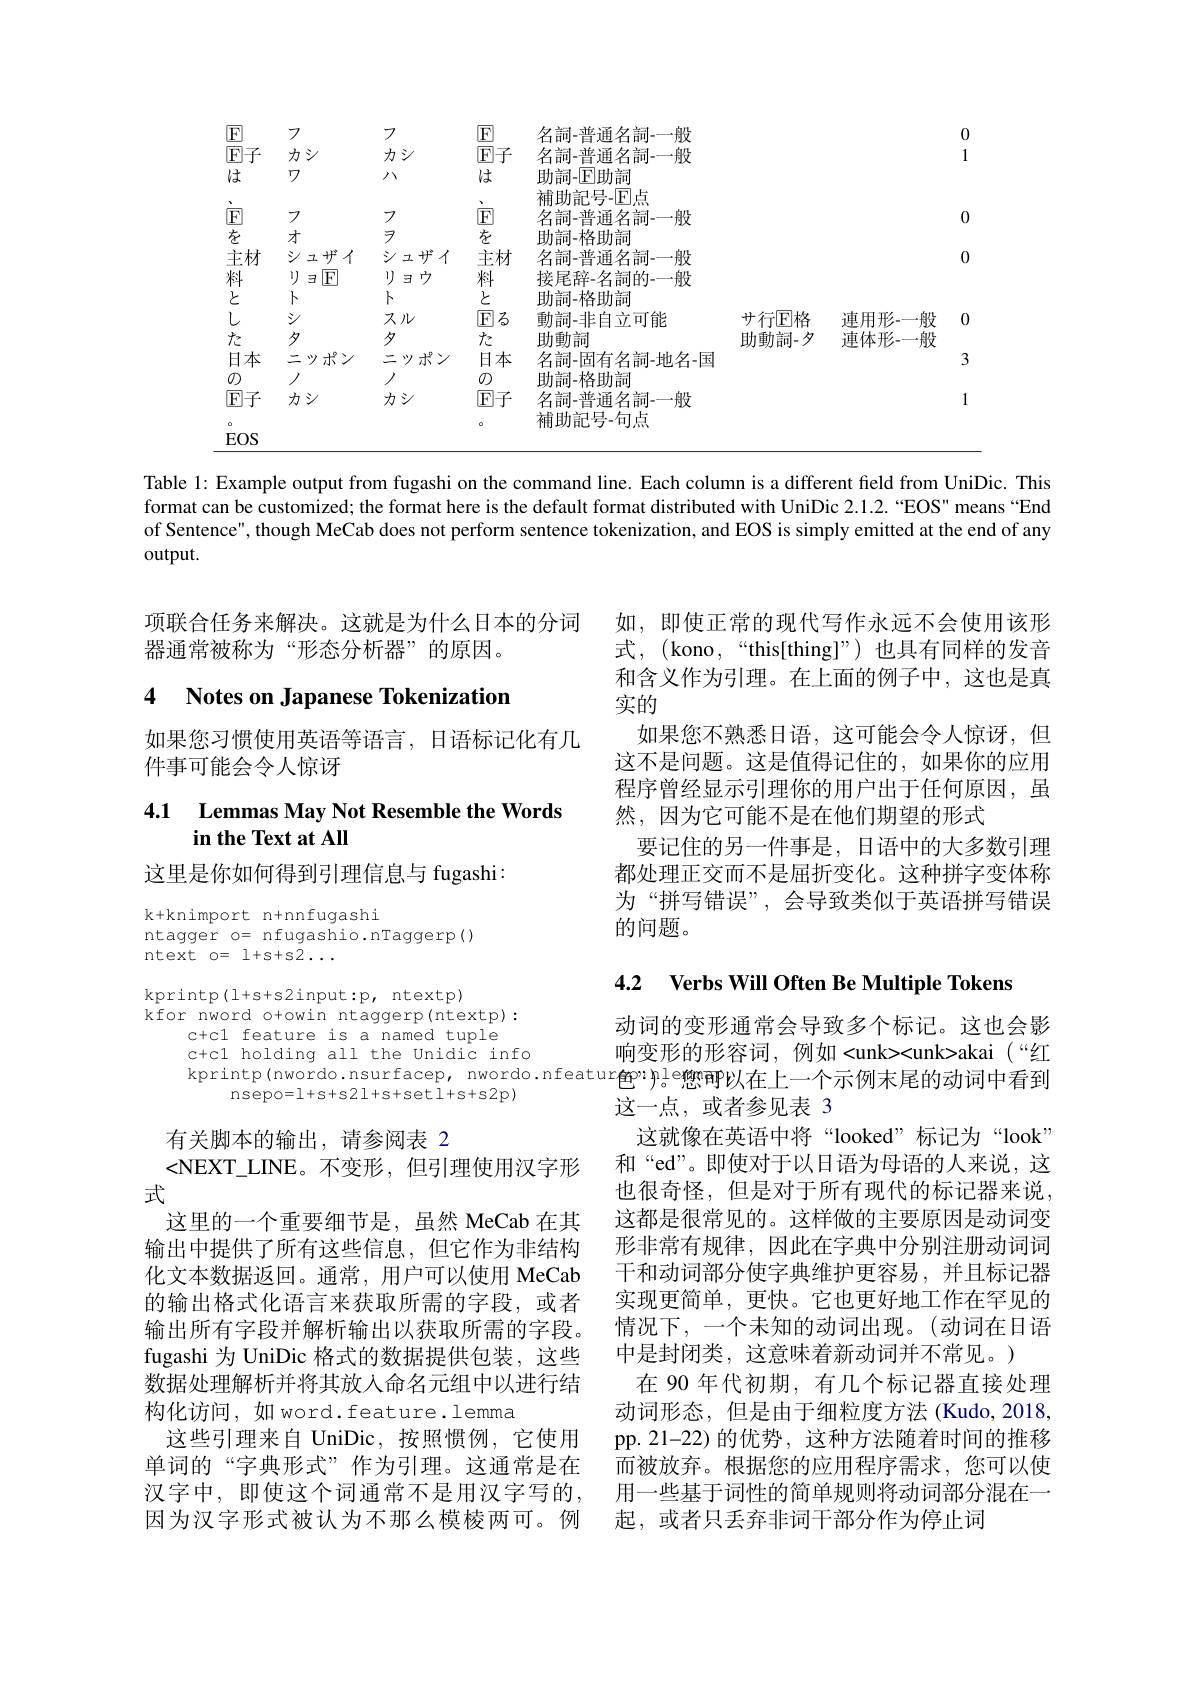
<table>
	<tbody>
		<tr>
			<th>F</th>
			<th>7</th>
			<th>7</th>
			<th>$\boxed{F}$</th>
			<th>名詞-普通名詞-一般</th>
			<th> </th>
			<th> </th>
			<th> </th>
		</tr>
		<tr>
			<td>$\boxed{\mathrm{F}}7$</td>
			<td>カシ</td>
			<td>カシ</td>
			<td>$\boxed{\mathrm{F}}7$</td>
			<td>名詞-普通名詞-一般</td>
			<td> </td>
			<td> </td>
			<td>1</td>
		</tr>
		<tr>
			<td>は</td>
			<td>ワ</td>
			<td>八</td>
			<td>は</td>
			<td>助詞-|F|助詞</td>
			<td> </td>
			<td> </td>
			<td> </td>
		</tr>
		<tr>
			<td>、</td>
			<td> </td>
			<td> </td>
			<td> </td>
			<td>補助記号-$\boxed{\mathrm{F}}$点</td>
			<td> </td>
			<td> </td>
			<td> </td>
		</tr>
		<tr>
			<td>$E$</td>
			<td>7</td>
			<td>7</td>
			<td>$\boxed{F}$</td>
			<td>名詞-普通名詞-一般</td>
			<td> </td>
			<td> </td>
			<td> </td>
		</tr>
		<tr>
			<td>を</td>
			<td>才</td>
			<td>$\not$</td>
			<td>を</td>
			<td>助詞-格助詞</td>
			<td> </td>
			<td> </td>
			<td> </td>
		</tr>
		<tr>
			<td>主材</td>
			<td>シュザイ</td>
			<td>シュザイ</td>
			<td>主材</td>
			<td>名詞-普通名詞-一般</td>
			<td> </td>
			<td> </td>
			<td> </td>
		</tr>
		<tr>
			<td>料</td>
			<td>1) $\boxed{F}$ 王</td>
			<td>1) ウ $\exists$</td>
			<td>料</td>
			<td>接尾辞-名詞的-—般</td>
			<td> </td>
			<td> </td>
			<td> </td>
		</tr>
		<tr>
			<td>と</td>
			<td>卜</td>
			<td>卜</td>
			<td>と</td>
			<td>助詞-格助記</td>
			<td> </td>
			<td> </td>
			<td> </td>
		</tr>
		<tr>
			<td>$l$</td>
			<td>シ</td>
			<td>スル</td>
			<td>$|\mathbf{F}|$ $|\vec{Z}_{3}$</td>
			<td>動詞-非自立可能</td>
			<td>サ行F格</td>
			<td>連用形-</td>
			<td> </td>
		</tr>
		<tr>
			<td>九</td>
			<td>夕</td>
			<td>夕</td>
			<td>た</td>
			<td>助動詞</td>
			<td>助動詞-夕</td>
			<td>連体形-</td>
			<td> </td>
		</tr>
		<tr>
			<td>日本</td>
			<td>二ツポン</td>
			<td>二ツポン</td>
			<td>日本</td>
			<td>名詞-固有名詞-地名-国</td>
			<td> </td>
			<td> </td>
			<td>7</td>
		</tr>
		<tr>
			<td>0</td>
			<td>/</td>
			<td>/</td>
			<td>$\sigma$</td>
			<td>助詞-格助詞</td>
			<td> </td>
			<td> </td>
			<td> </td>
		</tr>
		<tr>
			<td>$\textcircled{\mathrm{F}}子$</td>
			<td>カシ</td>
			<td>カシ</td>
			<td>$\textcircled{\mathrm{F}}子$</td>
			<td>名詞-普通名詞-一般</td>
			<td> </td>
			<td> </td>
			<td>1</td>
		</tr>
		<tr>
			<td>o EOS</td>
			<td> </td>
			<td> </td>
			<td>0</td>
			<td>補助記号-句点</td>
			<td> </td>
			<td> </td>
			<td> </td>
		</tr>
		<tr>
			<td>$EOS$</td>
			<td> </td>
			<td> </td>
			<td> </td>
			<td> </td>
			<td> </td>
			<td> </td>
			<td> </td>
		</tr>
	</tbody>
</table>

Table 1: Example output from fugashi on the command line. Each column is a different field from UniDic. This format can be customized; the format here is the default format distributed with UniDic 2.1.2. “EOS" means “End of Sentence", though MeCab does not perform sentence tokenization, and EOS is simply emitted at the end of any $output.$

项联合任务来解决。这就是为什么日本的分词 如，即使正常的现代写作永远不会使用该形
器通常被称为“形态分析器”的原因。

# 4 Notes on Japanese Tokenization

如果您习惯使用英语等语言，日语标记化有几
件事可能会令人惊讶

## 4.1 Lemmas May Not Resemble the Words in the Text at All

这里是你如何得到引理信息与 fugashi:

k+knimport n+nnfugashi
ntagger o= nfugashio.nTaggerp()
ntext o=$1+s+s\bar{2}\ldots$

$\operatorname{kprintp}(1+s+s2\operatorname{input:p}$, ntextp)
kfor nword o+owin ntaggerp(ntextp):
c+c1 feature is a named tuple
c+c1 holding all the Unidic info
$\begin{array}{c}{\mathrm{kprintp(nwordo.nsurfacep,~nwordo.nfeatur}\\{\mathrm{nsepo=1+s+s2l+s+setl+s+s2p)}}\end{array}\text{ple總审以在上一个示例末尾的动词中看到}\\\text{这一点 或者参见表 3}\\\\\frac{\mathrm{d}(x)=\mathrm{d}(x)=\mathrm{d}(x)=\mathrm{d}(x)=\mathrm{d}(x)=\mathrm{d}(x)=\mathrm{d}(x)=\mathrm{d}(x)=\mathrm{d}(x)=\mathrm{d}(x)=\mathrm{d}(x)=\mathrm{d}(x)=\mathrm{d}(x)=\mathrm{d}(x)=\mathrm{d}(y)=\mathrm{d}(x)=\mathrm{d}(x)=\mathrm{d}(x)=\mathrm{d}(x)=$

有关脚本的输出，请参阅表 2
<NEXT\_LINE。不变形，但引理使用汉字形
式
这里的一个重要细节是，虽然 MeCab 在其输出中提供了所有这些信息，但它作为非结构化文本数据返回。通常，用户可以使用 MeCab 的输出格式化语言来获取所需的字段，或者输出所有字段并解析输出以获取所需的字段。fugashi 为 UniDic 格式的数据提供包装，这些数据处理解析并将其放入命名元组中以进行结构化访问，如 word.feature.lemma
这些引理来自 UniDic, 按照惯例，它使用单词的“字典形式”作为引理。这通常是在汉字中，即使这个词通常不是用汉字写的， 因为汉字形式被认为不那么模棱两可。例

式，(kono,““this[thing]”)也具有同样的发音和含义作为引理。在上面的例子中，这也是真实的
如果您不熟悉日语，这可能会令人惊讶，但这不是问题。这是值得记住的，如果你的应用程序曾经显示引理你的用户出于任何原因，虽然，因为它可能不是在他们期望的形式
要记住的另一件事是，日语中的大多数引理都处理正交而不是屈折变化。这种拼字变体称为“拼写错误”,会导致类似于英语拼写错误的问题。

4.2 $\textbf{Verbs Will Often Be Multiple Tokens}$

动词的变形通常会导致多个标记。这也会影响变形的形容词，例如<unk><unk>akai(“红这一点，或者参见表 3
这就像在英语中将“looked”标记为“look” 和“ed”。即使对于以日语为母语的人来说，这也很奇怪，但是对于所有现代的标记器来说， 这都是很常见的。这样做的主要原因是动词变形非常有规律，因此在字典中分别注册动词词干和动词部分使字典维护更容易，并且标记器实现更简单，更快。它也更好地工作在罕见的情况下，一个未知的动词出现。(动词在日语中是封闭类，这意味着新动词并不常见。)
在 90 年代初期，有几个标记器直接处理动词形态，但是由于细粒度方法(Kudo,2018, pp.21-22)的优势，这种方法随着时间的推移而被放弃。根据您的应用程序需求，您可以使用一些基于词性的简单规则将动词部分混在一起，或者只丢弃非词干部分作为停止词